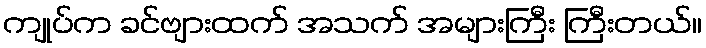
ကျုပ်က ခင်ဗျားထက် အသက် အများကြီး ကြီးတယ်။